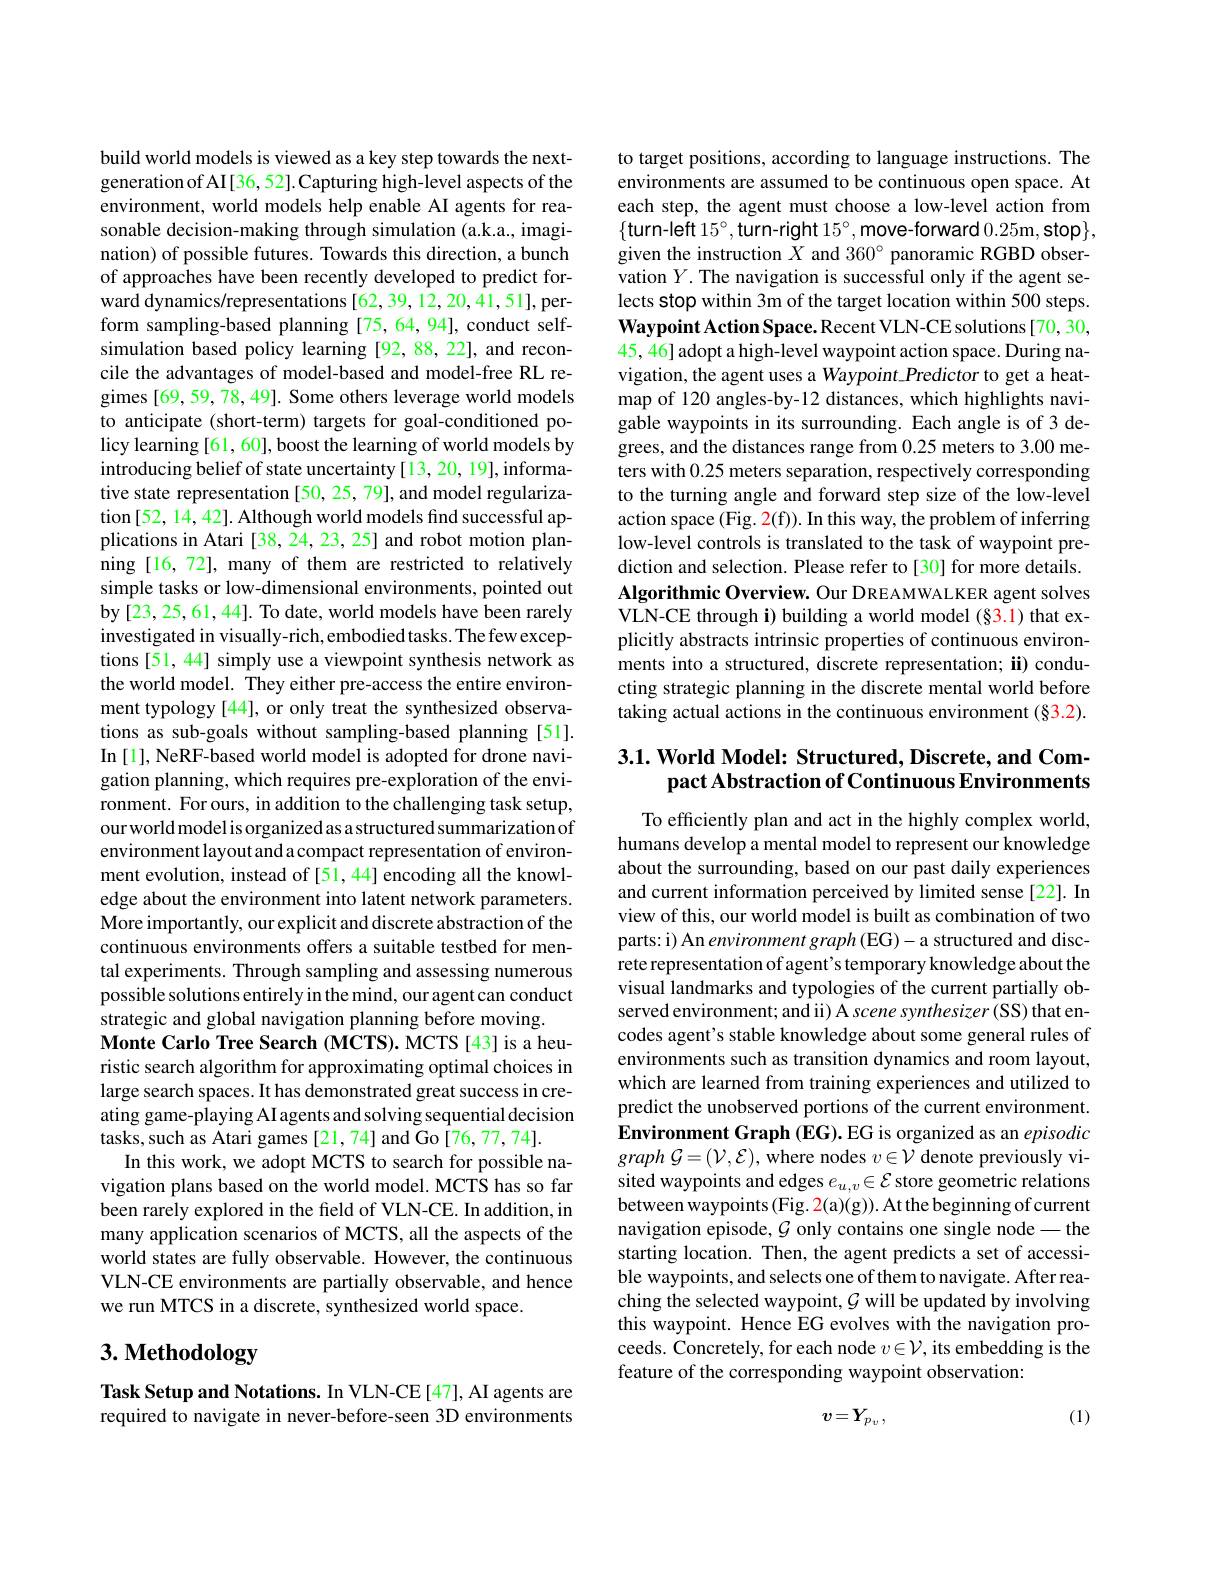
build world models is viewed as a key step towards the nextgeneration of AI[36, 52]. Capturing high-level aspects of the environment, world models help enable AI agents for reasonable decision-making through simulation (a.k.a., imagination) of possible futures. Towards this direction, a bunch of approaches have been recently developed to predict forward dynamics/representations[62,39,12,20,41,51],perform sampling-based planning [75,64,94], conduct selfsimulation based policy learning [92,88,22], and reconcile the advantages of model-based and model-free RL regimes [69,59, 78, 49]. Some others leverage world models to anticipate (short-term) targets for goal-conditioned policy learning [61, 60], boost the learning of world models by introducing belief of state uncertainty [13, 20, 19], informative state representation [50, 25, 79], and model regularization[52, 14, 42]. Although world models find successful applications in Atari [38, 24, 23, 25] and robot motion planning [16, 72], many of them are restricted to relatively simple tasks or low-dimensional environments, pointed out by[23,25,61,44]. To date, world models have been rarely investigated in visually-rich,embodied tasks. The few exceptions [51, 44] simply use a viewpoint synthesis network as the world model. They either pre-access the entire environment typology [44], or only treat the synthesized observations as sub-goals without sampling-based planning [51]. In [1], NeRF-based world model is adopted for drone navigation planning, which requires pre-exploration of the envi- $\hat{\text{ronment. For ours, in addition to the challenging task setup}}$, our world model is organized as a structured summarization of environment layout and a compact representation of environment evolution, instead of [51,44] encoding all the knowledge about the environment into latent network parameters. More importantly, our explicit and discrete abstraction of the continuous environments offers a suitable testbed for mental experiments. Through sampling and assessing numerous possible solutions entirely in the mind, our agent can conduct strategic and global navigation planning before moving.
Monte Carlo Tree Search (MCTS). MCTS[43] is a heuristic search algorithm for approximating optimal choices in large search spaces. It has demonstrated great success in creating game-playing AI agents and solving sequential decision tasks,such as Atari games [21,74] and Go [76,77,74].
In this work, we adopt MCTS to search for possible navigation plans based on the world model. MCTS has so far been rarely explored in the field of VLN-CE. In addition, in many application scenarios of MCTS, all the aspects of the world states are fully observable. However, the continuous VLN-CE environments are partially observable, and hence we run MTCS in a discrete, synthesized world space.

# $3. \textbf{ Methodology}$

Task Setup and Notations. In VLN-CE[47], AI agents are required to navigate in never-before-seen 3D environments

to target positions, according to language instructions. The environments are assumed to be continuous open space. At each step, the agent must choose a low-level action from $\{$turn-left $15^\circ$,turn-right $15^\circ$,move-forward 0.25m$, \textbf{stop}\} $, given the instruction $X$ and 360° panoramic RGBD observation $Y.$ The navigation is successful only if the agent selects stop within 3m of the target location within 500 steps. $\mathbf{WaypointActionSpace.RecentVLN-CEsolutions[70,30,1]}$ 45, 46] adopt a high-level waypoint action space. During navigation, the agent uses a Waypoint\_Predictor to get a heatmap of 120 angles-by-12 distances, which highlights navigable waypoints in its surrounding. Each angle is of 3 degrees, and the distances range from 0.25 meters to 3.00 meters with 0.25 meters separation, respectively corresponding to the turning angle and forward step size of the low-level action space (Fig. 2(f)). In this way, the problem of inferring low-level controls is translated to the task of waypoint prediction and selection. Please refer to[30] for more details. Algorithmic Overview. Our DREAMWALKER agent solves VLN-CE through i) building a world model (§3.1) that explicitly abstracts intrinsic properties of continuous environments into a structured, discrete representation; ii) conducting strategic planning in the discrete mental world before taking actual actions in the continuous environment $(\S3.2).$

## $3. 1. \textbf{ World Model: Structured, Discrete, and Com- }$ pact Abstraction of Continuous Environments

To efficiently plan and act in the highly complex world, humans develop a mental model to represent our knowledge about the surrounding, based on our past daily experiences and current information perceived by limited sense [22]. In view of this, our world model is built as combination of two parts: i) An environment graph (EG)- a structured and discrete representation of agent's temporary knowledge about the visual landmarks and typologies of the current partially observed environment; and ii) A scene synthesizer (SS) that encodes agent's stable knowledge about some general rules of environments such as transition dynamics and room layout, which are learned from training experiences and utilized to predict the unobserved portions of the current environment. Environment Graph (EG). EG is organized as an episodic $graph~\mathcal{G}=(\mathcal{V},\mathcal{E}),~$where nodes $v\in\mathcal{V}$ denote previously visited waypoints and edges $e_u,v\in\mathcal{E}$ store geometric relations between waypoints (Fig. 2(a)(g)). At the beginning of current navigation episode, $\mathcal{G}$ only contains one single node- the starting location. Then, the agent predicts a set of accessible waypoints, and selects one of them to navigate. After reaching the selected waypoint, $\mathcal{G}$ will be updated by involving this waypoint. Hence EG evolves with the navigation proceeds. Concretely, for each node $v\in\mathcal{V}$, its embedding is the feature of the corresponding waypoint observation:
$$v=Y_{p_{v}},$$
(1)